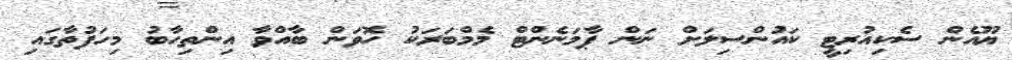
ޔޫއެން ސެކިއުރިޓީ ކައުންސިލަށް ނަން ޕާމަނެންޓް މެމްބަރަކު ހޮވަން ބާއްވާ އިންތިހާބު މިހަފުތާގައި